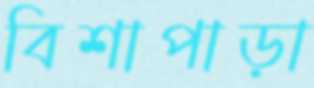
বিশাপাড়া